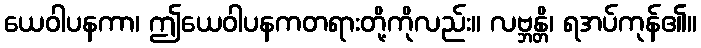
ယေဝါပနကာ၊ ဤယေဝါပနကတရားတို့ကိုလည်း။ လဗ္ဘန္တိ၊ ရအပ်ကုန်၏။